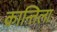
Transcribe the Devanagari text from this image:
क्रान्तिला